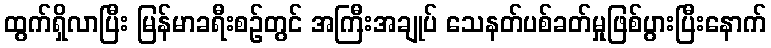
ထွက်ရှိလာပြီး မြန်မာခရီးစဉ်တွင် အကြီးအချုပ် သေနတ်ပစ်ခတ်မှုဖြစ်ပွားပြီးနောက်